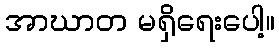
အာဃာတ မရှိရေးပေါ့။